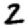
Digit: 2